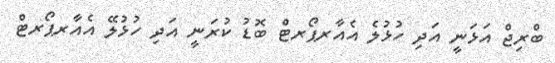
ބްރިޖް އަޅަނީ އަދި ހުޅުލެ އެއާރޕޯރޓް ބޮޑު ކުރަނީ އަދި ހުޅުލޭ އެއާރޕޯރޓް